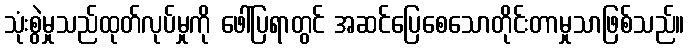
သုံးစွဲမှုသည်ထုတ်လုပ်မှုကို ဖေါ်ပြရာတွင် အဆင်ပြေစေသောတိုင်းတာမှုသာဖြစ်သည်။